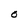
Character: O